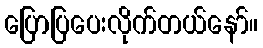
ပြောပြပေးလိုက်တယ်နော်။